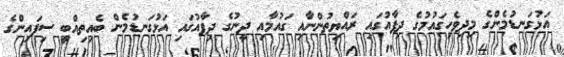
އަޅުގަނޑުމެންގެ މިދިވެހިގައުމުގެ ދިފާއުގައި ރައްޔިތުންނާއި ގައުމާއި ދީނުގެ ދިފާއުގައި އަޅުގަނޑުމެން ބެއިތިއްބީ ސިފައިންގެ